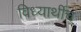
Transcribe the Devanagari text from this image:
विध्यार्थीच